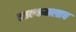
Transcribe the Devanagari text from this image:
माल्कमलाच